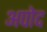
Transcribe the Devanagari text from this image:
अपोद